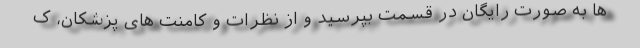
ها به صورت رایگان در قسمت بپرسید و از نظرات و کامنت های پزشکان، ک